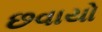
છવાયો